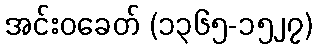
အင်းဝခေတ် (၁၃၆၅-၁၅၂၇)